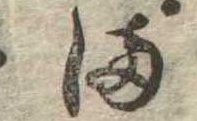
ま